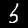
Label: 5